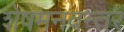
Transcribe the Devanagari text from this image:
शेषमनवन्तर